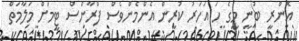
އޮންރީ ބުނީ މީގެ ހަ އަހަރު ކުރީން އެންމެންވެސް ފްރާންސް ޓީމަށް މަލާމަތް